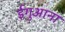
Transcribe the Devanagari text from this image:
ईगुआना